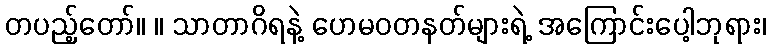
တပည့်တော်။ ။ သာတာဂိရနဲ့ ဟေမဝတနတ်များရဲ့ အကြောင်းပေါ့ဘုရား၊